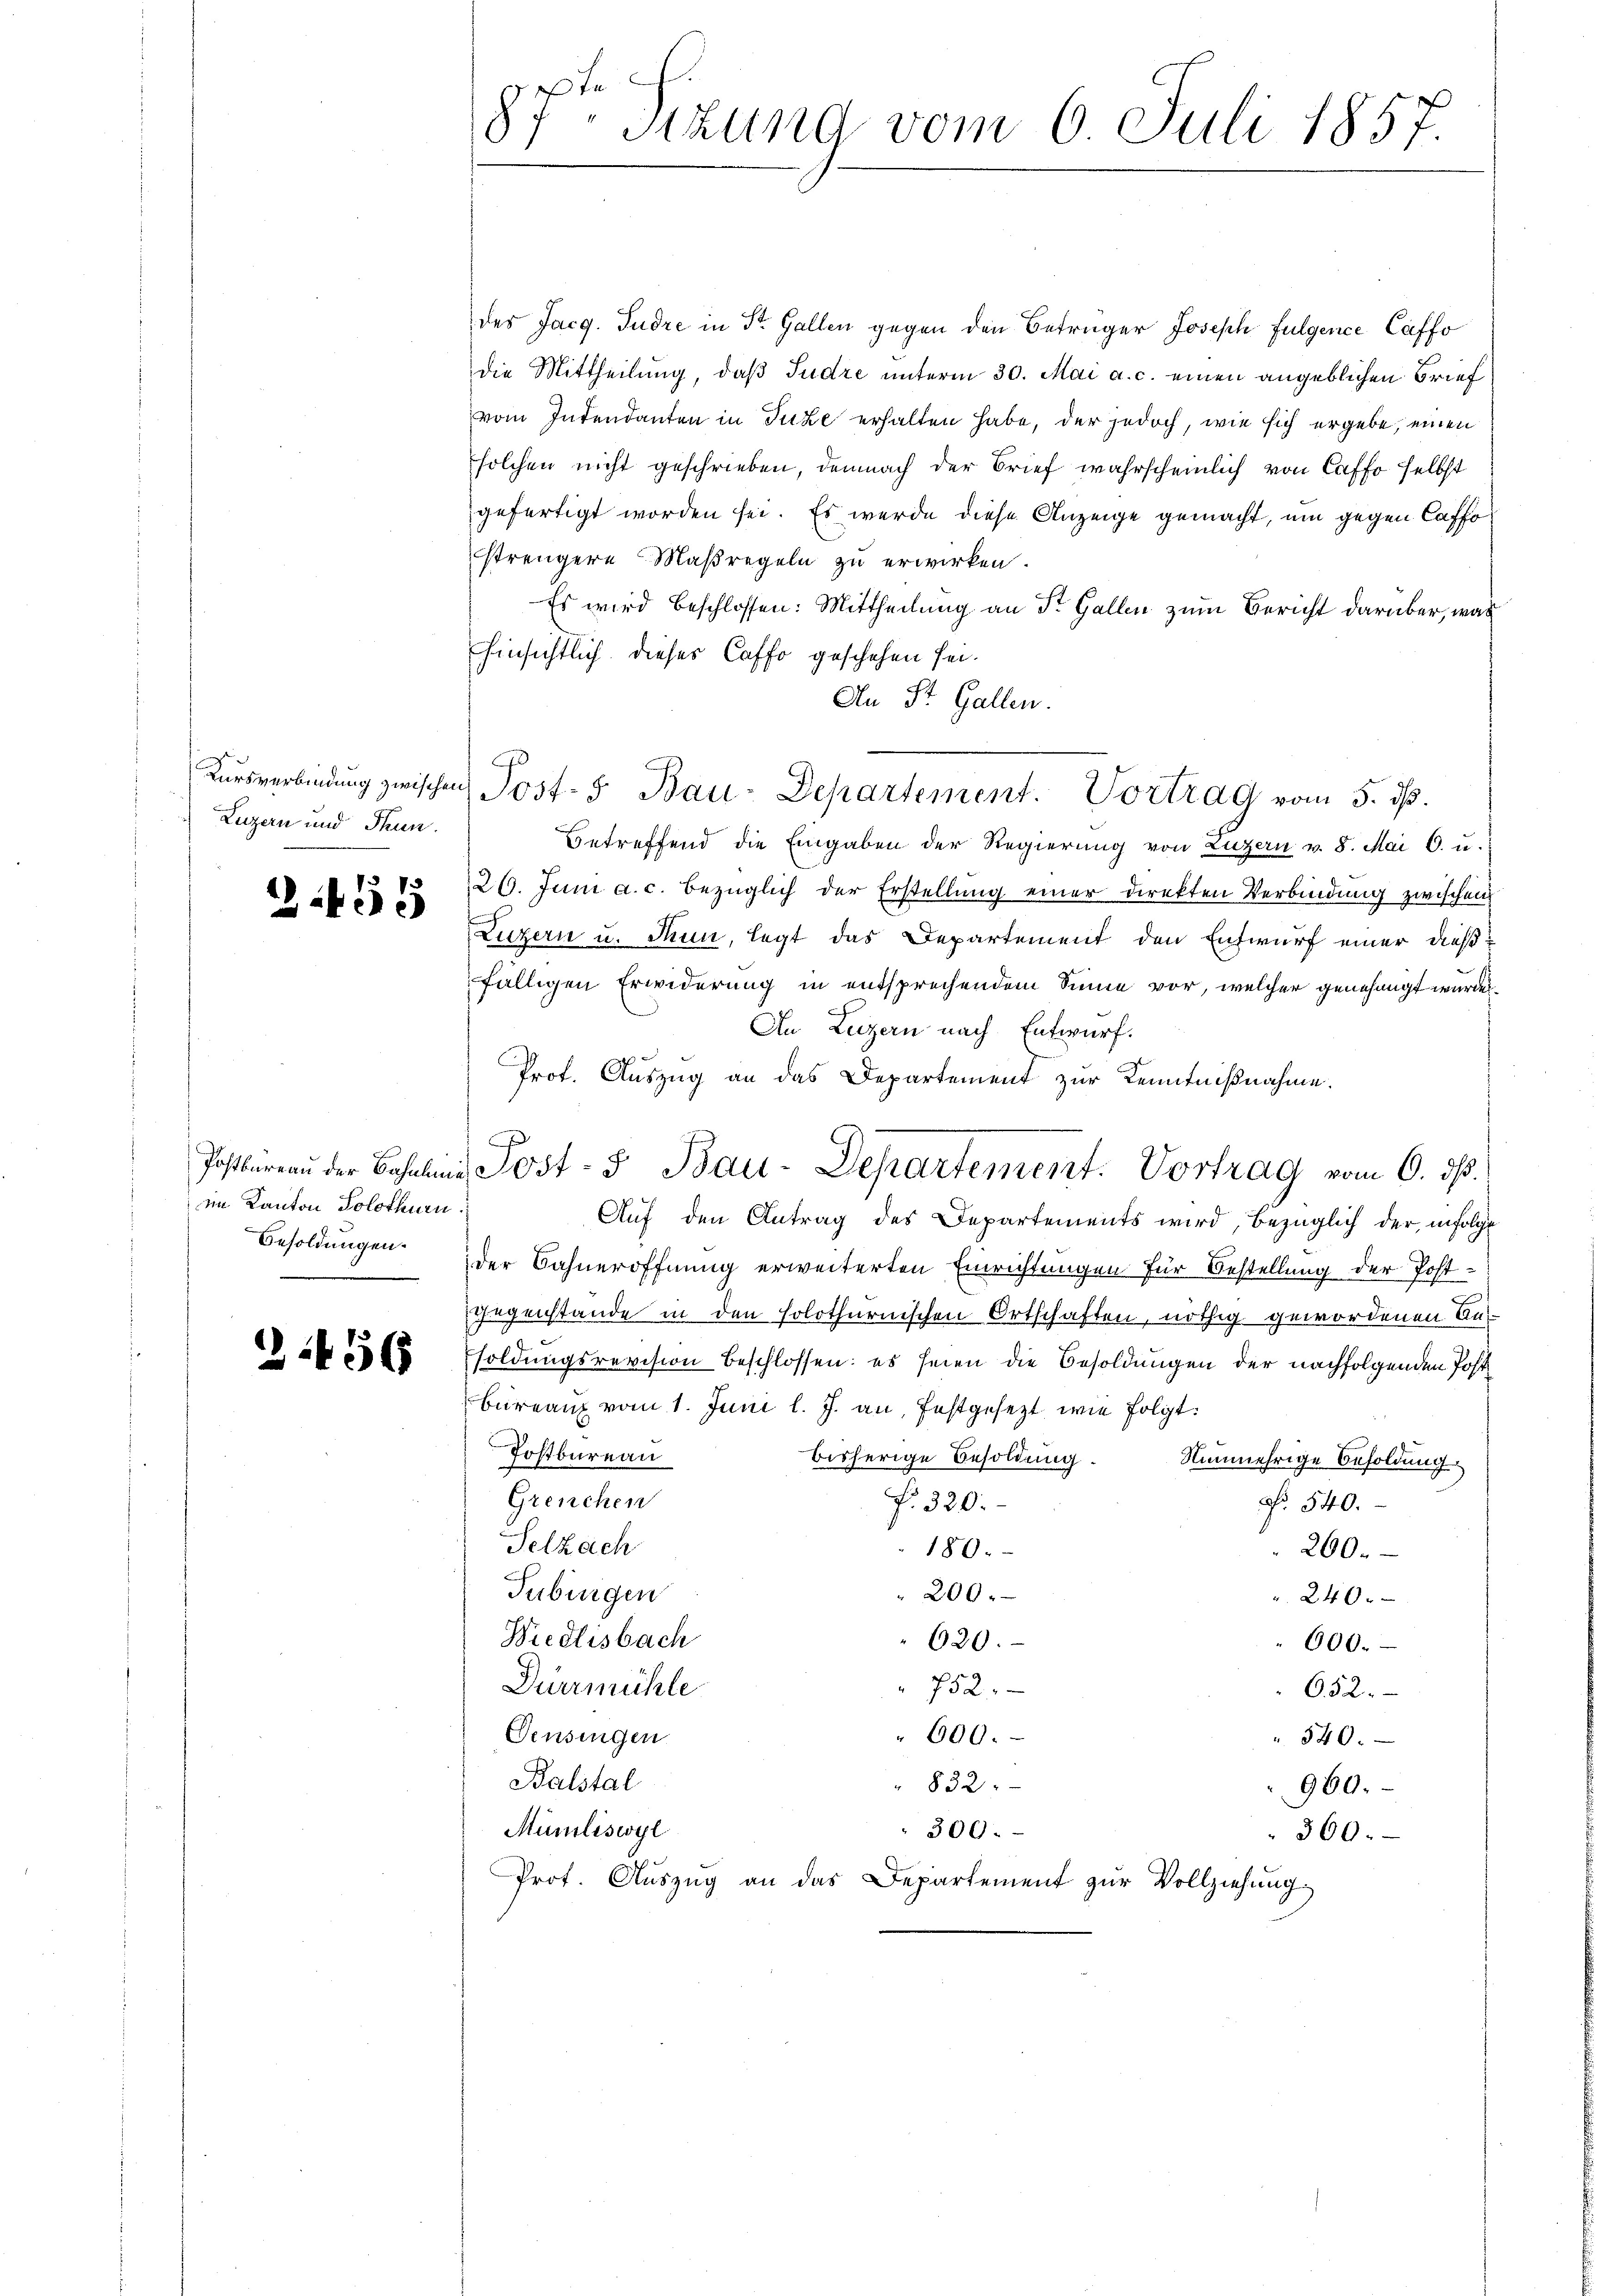
Luzern und Thun.

im Kanton Solothurn

87t Sizung vom 6. Juli 1857.

des Jacg. Pudre in St. Gallen gegen den Betrüger Joseph Fulgence Caffo
die Mittheilung, daß Judre unterm 30. Mai a. c. einen angeblichen Brief
vom Intendanten in Tuze erhalten habe, der jedoch, wie sich ergebe, einen
solchen nicht geschrieben, demnach der Brief wahrscheinlich von Caffo selbst
gefertigt worden sei. Es wurde diese Anzeige gemacht, um gegen Casso
strengere Maßregeln zu erwirken.
Es wird beschlossen: Mittheilung an St. Gallen zum Bericht darüber, was
hinsichtlich dieses Caffo geschehen sei.
An St. Gallen.
Betreffend die Eingaben der Regierung von Luzern v. 8. Mai C. u.
8 126. Juni a. c. bezüglich der Erstellung einer Direkten Verbindung zwischen
Luzern u. Thun, legt das Departement den Entwurf einer dießfälligen Erwiderung in entsprechendem Sinne vor, welcher genehmigt wurden.
An Luzern nach Entwurf.
Prof. Auszug an das Departement zur Kenntnißnahme.
e
Postbaren der Bahling Post- & Bau-Departement. Vortrag vom 6. ds.
Auf den Antrag des Departements wird, bezüglich der infolge
Besoldungen der Bahneröffnung erweiterten Einrichtungen für Bestellung der Post-
Gegenstande in den solothurnischen Ortschaften, nöthig gewordenen Un¬
 808 soldungsrevision beschlossen: es seien die Besoldungen der nachfolgenden Post
Bureau vom 1. Juni l. J. an, festgesezt wie folgt.
Postbureau
bisherige Besoldung. Nunmehrige Besoldung
Grenchen
f. 320.
No 540.
Selzach
180.
200.
Tübingen
200.
2400
Wiedlisbach
620.
600.
 752
Dürrmühle
652.
600.
Pensingen
340.
Balstal
832.
960.
Müniliswyl
300.
360.
Prof. Auszug an das Departement zur Vollziehung

Kŭrsverbindŭng zwischen Post- & Bau-Departement. Vortrag vom 5. dβ.